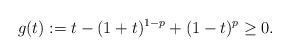
\begin{align*} g(t):=t-(1+t)^{1-p}+(1-t)^p \geq 0.\end{align*}